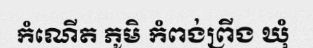
កំណើត ភូមិ កំពង់ព្រីង ឃុំ